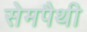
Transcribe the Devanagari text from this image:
सेमपैथी